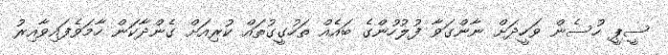
ސީޕީ ހުސެން ވަހީދަށް ނާންގަވާ ފުލުހުންގެ ބައެއް ތަހުގީގުތައް ކުރިއަށް ގެންދާކަން ހާމަވެފައިވާއިރު